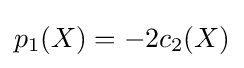
p_{1}(X)=-2c_{2}(X)